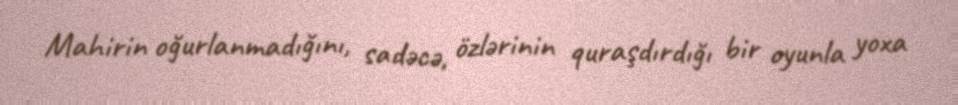
Mahirin oğurlanmadığını, sadəcə, özlərinin quraşdırdığı bir oyunla yoxa